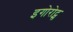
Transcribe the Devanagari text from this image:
इगोरोट्स